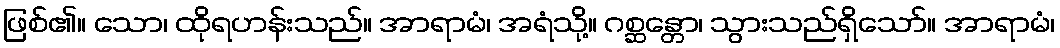
ဖြစ်၏။ သော၊ ထိုရဟန်းသည်။ အာရာမံ၊ အရံသို့။ ဂစ္ဆန္တော၊ သွားသည်ရှိသော်။ အာရာမံ၊